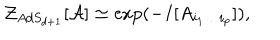
{ \cal Z } _ { A d S _ { d + 1 } } [ { \cal A } ] \simeq \exp ( - I [ A _ { i _ { 1 } \ldots i _ { p } } ] ) ,